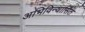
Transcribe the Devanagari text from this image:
अभिविन्यासित